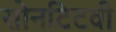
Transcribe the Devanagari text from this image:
सोनटिटवी